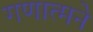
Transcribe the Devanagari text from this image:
गणात्मने